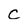
Character: C